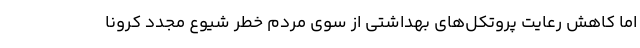
اما کاهش رعایت پروتکل‌های بهداشتی از سوی مردم خطر شیوع مجدد کرونا